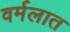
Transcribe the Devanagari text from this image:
वर्मलात